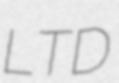
LTD